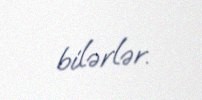
bilərlər.